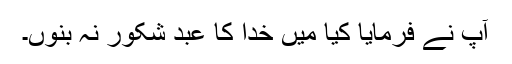
آپؐ نے فرمایا کیا میں خدا کا عبد شکور نہ بنوں۔